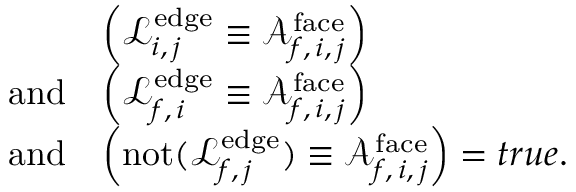
\begin{array} { r l } & { \left( \mathcal { L } _ { i , \, j } ^ { \mathrm { e d g e } } \equiv \mathcal { A } _ { f , \, i , \, j } ^ { \mathrm { f a c e } } \right) } \\ { \mathrm { a n d } } & { \left( \mathcal { L } _ { f , \, i } ^ { \mathrm { e d g e } } \equiv \mathcal { A } _ { f , \, i , \, j } ^ { \mathrm { f a c e } } \right) } \\ { \mathrm { a n d } } & { \left( \mathrm { n o t } ( \mathcal { L } _ { f , \, j } ^ { \mathrm { e d g e } } ) \equiv \mathcal { A } _ { f , \, i , \, j } ^ { \mathrm { f a c e } } \right) = t r u e . } \end{array}